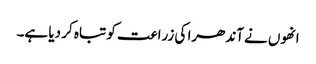
انھوں نے آندھرا کی زراعت کو تباہ کر دیا ہے۔